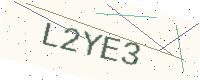
Text: L2YE3